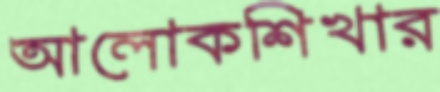
আলোকশিখার